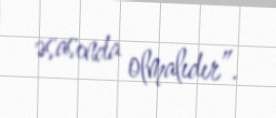
əsasında olmalıdır”.